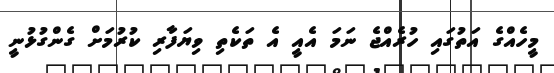
މީހެއްގެ އަތުގައި ހުރެއްޖެ ނަމަ އެއީ އެ ތަކެތި ވިޔަފާރި ކުރުމަށް ގެންގުޅުނީ